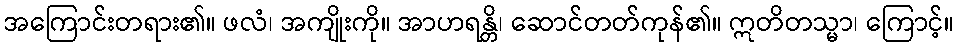
အကြောင်းတရား၏။ ဖလံ၊ အကျိုးကို။ အာဟရန္တိ၊ ဆောင်တတ်ကုန်၏။ ဣတိတသ္မာ၊ ကြောင့်။